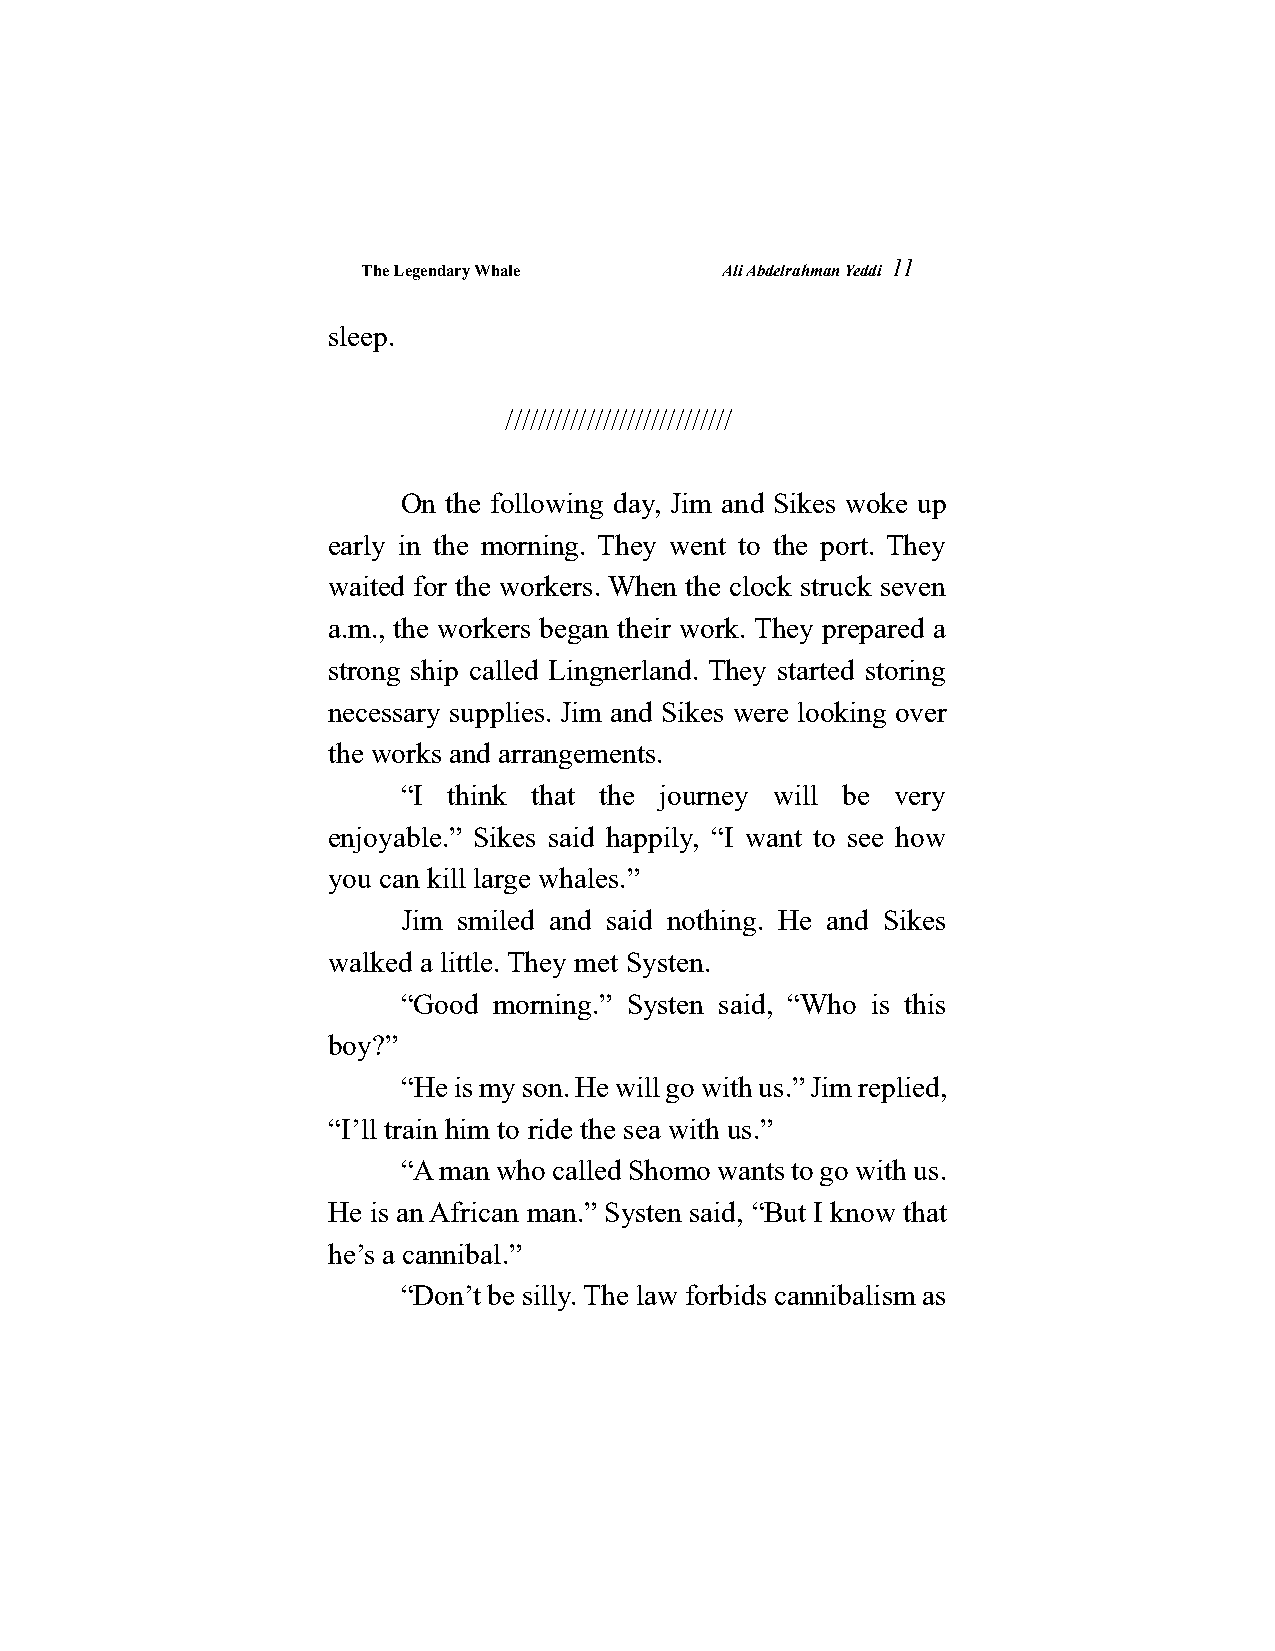
The Legendary Whale     Ali Abdelrahman Yeddi
 11
 sleep.
 ////////////////////////////
 On the following day, Jim and Sikes woke up
 early in the morning. They went to the port. They
 waited for the workers. When the clock struck seven
 a.m., the workers began their work. They prepared a
 strong ship called Lingnerland. They started storing
 necessary supplies. Jim and Sikes were looking over
 the works and arrangements.
 “I think that the journey will be very
 enjoyable.” Sikes said happily, “I want to see how
 you can kill large whales.”
 Jim smiled and said nothing. He and Sikes
 walked a little. They met Systen.
 “Good morning.” Systen said, “Who is this
 boy?”
 “He is my son. He will go with us.” Jim replied,
 “I’ll train him to ride the sea with us.”
 “A man who called Shomo wants to go with us.
 He is an African man.” Systen said, “But I know that
 he’s a cannibal.”
 “Don’t be silly. The law forbids cannibalism as